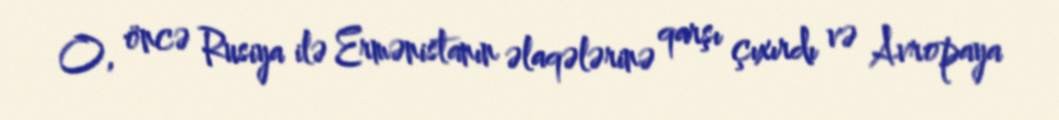
O, öncə Rusiya ilə Ermənistanın əlaqələrinə qarşı çıxırdı və Avropaya